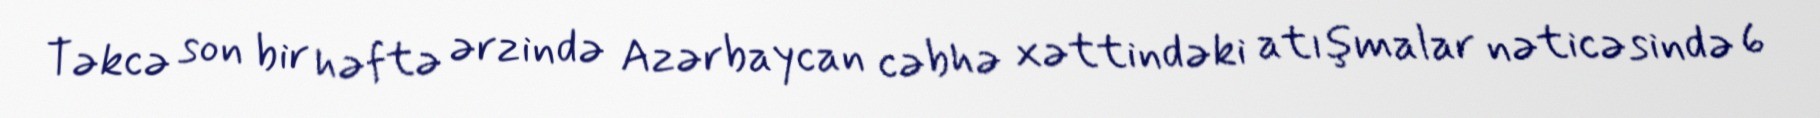
Təkcə son bir həftə ərzində Azərbaycan cəbhə xəttindəki atışmalar nəticəsində 6